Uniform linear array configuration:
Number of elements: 12
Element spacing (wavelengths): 0.75
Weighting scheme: kaiser
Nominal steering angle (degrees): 30
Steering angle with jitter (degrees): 28.812
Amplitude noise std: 0.05
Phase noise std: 0.05

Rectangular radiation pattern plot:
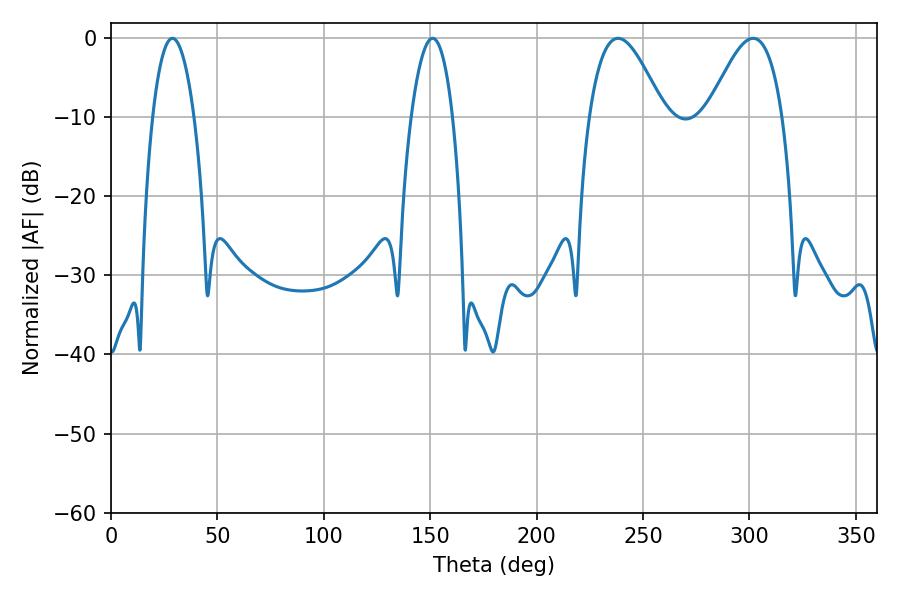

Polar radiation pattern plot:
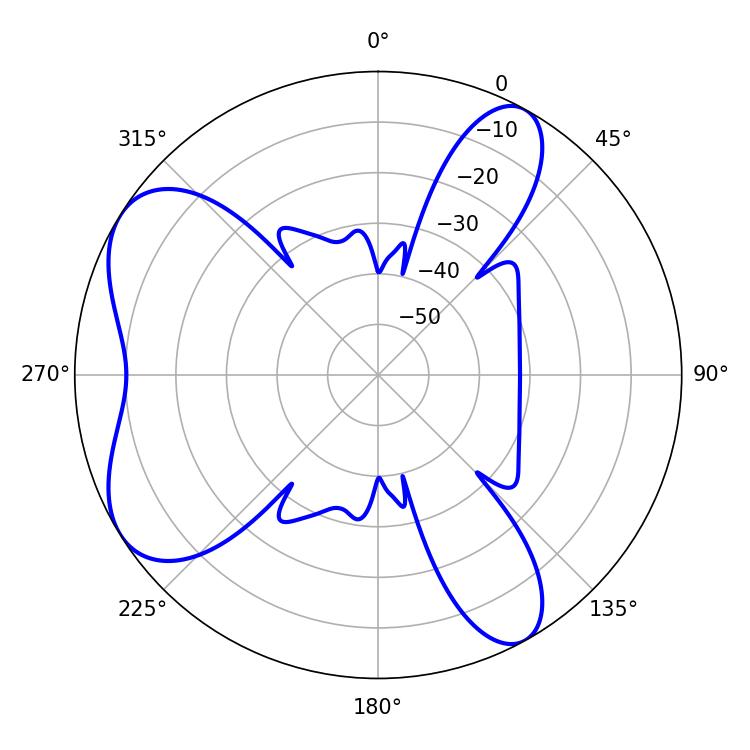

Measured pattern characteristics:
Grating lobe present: TRUE
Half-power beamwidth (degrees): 18.9
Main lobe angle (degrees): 238.32